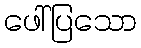
ဖေါ်ပြသော